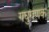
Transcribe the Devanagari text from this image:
गघुगणक